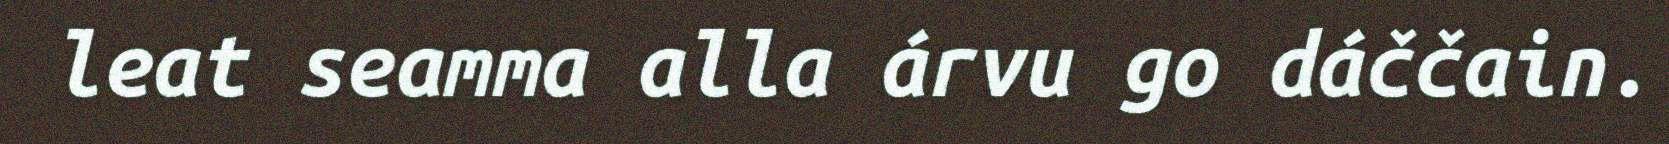
leat seamma alla árvu go dáččain.